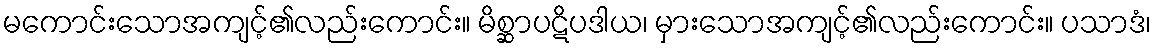
မကောင်းသောအကျင့်၏လည်းကောင်း။ မိစ္ဆာပဋိပဒါယ၊ မှားသောအကျင့်၏လည်းကောင်း။ ပသာဒံ၊